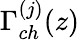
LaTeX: \Gamma_{ch}^{(j)}(z)